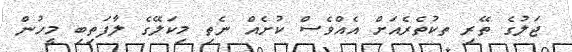
ޖަލުގެ ތޭރި ތކުތެރެއަށް އެއްވެސް ކުށެއް ނެތި މިކަލޭގެ ލާފަތިބި މީހުން